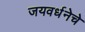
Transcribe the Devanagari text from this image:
जयवर्धनेचे